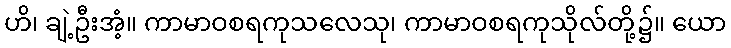
ဟိ၊ ချဲ့ဦးအံ့။ ကာမာဝစရကုသလေသု၊ ကာမာဝစရကုသိုလ်တို့၌။ ယော